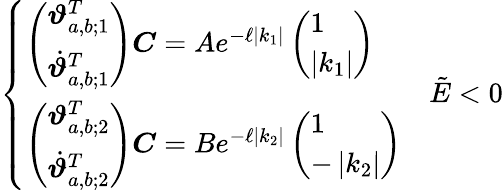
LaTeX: \left\{ \begin{array}{ll}{\left(\begin{array}{l}{\boldsymbol{\vartheta}_{a,b;1}^{T}}\\ {\dot{\boldsymbol{\vartheta}}_{a,b;1}^{T}}\end{array}\right)\boldsymbol{C}=Ae^{-\ell\left|k_{1}\right|}\left(\begin{array}{l}{1}\\ {\left|k_{1}\right|}\end{array}\right)}\\ {\left(\begin{array}{l}{\boldsymbol{\vartheta}_{a,b;2}^{T}}\\ {\dot{\boldsymbol{\vartheta}}_{a,b;2}^{T}}\end{array}\right)\boldsymbol{C}=Be^{-\ell\left|k_{2}\right|}\left(\begin{array}{l}{1}\\ {-\left|k_{2}\right|}\end{array}\right)}\end{array}\right.\quad\tilde{E}<0